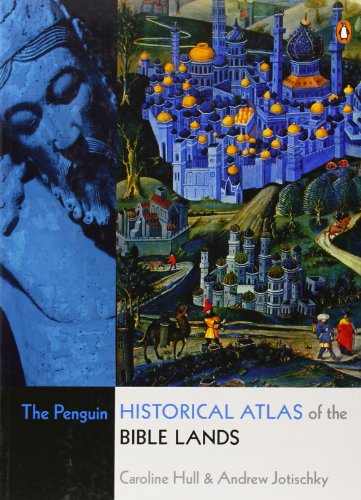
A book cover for The Penguin Historical Atlas of the Bible Lands; Caroline Hull; Christian Books & Bibles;